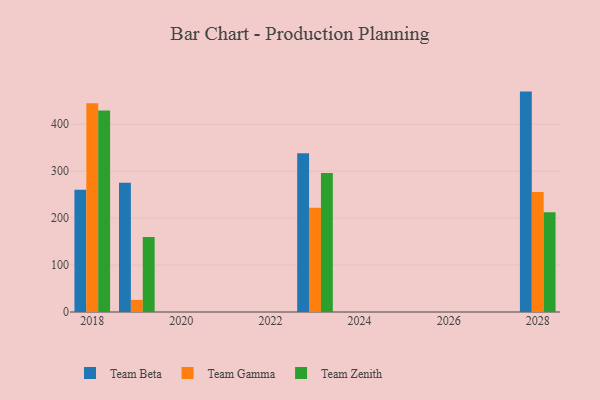
{"axis": {"x": "Year", "y": "Budget (USD K)"}, "legend": ["Team Beta", "Team Gamma", "Team Zenith"], "data": [{"x": "2028", "y": 469.4, "type": "Team Beta"}, {"x": "2028", "y": 255.5, "type": "Team Gamma"}, {"x": "2028", "y": 212.4, "type": "Team Zenith"}, {"x": "2023", "y": 338.1, "type": "Team Beta"}, {"x": "2023", "y": 222.2, "type": "Team Gamma"}, {"x": "2023", "y": 296.1, "type": "Team Zenith"}, {"x": "2018", "y": 260.1, "type": "Team Beta"}, {"x": "2018", "y": 444.5, "type": "Team Gamma"}, {"x": "2018", "y": 429.0, "type": "Team Zenith"}, {"x": "2019", "y": 275.3, "type": "Team Beta"}, {"x": "2019", "y": 25.8, "type": "Team Gamma"}, {"x": "2019", "y": 159.6, "type": "Team Zenith"}]}